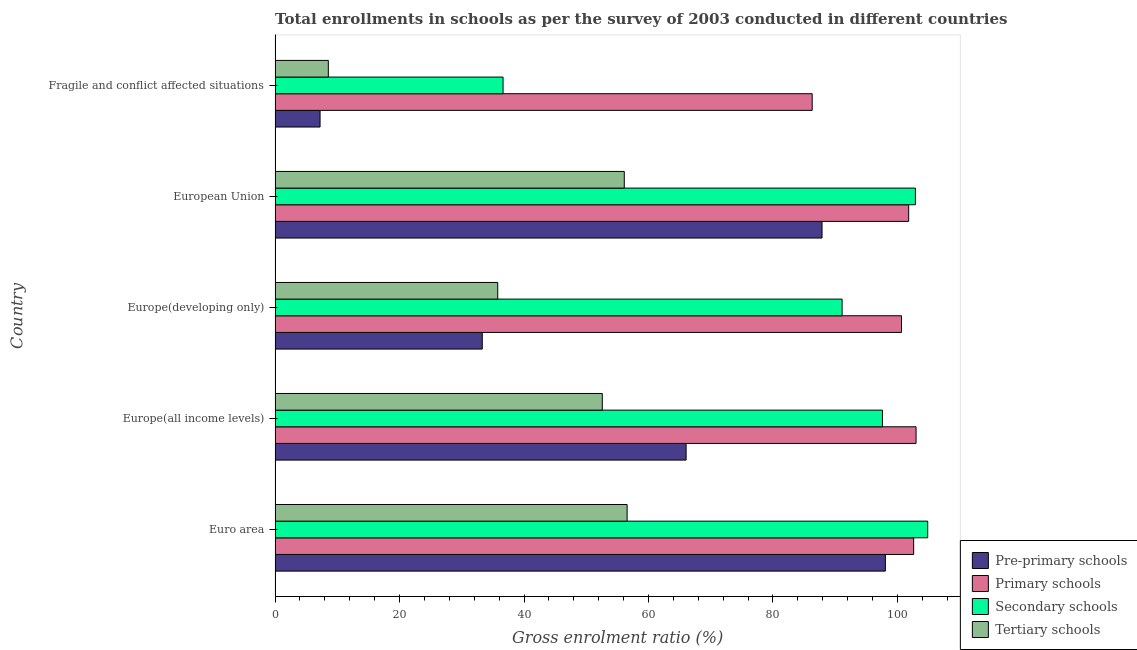
| Country | Pre-primary schools | Primary schools | Secondary schools | Tertiary schools |
 | --- | --- | --- | --- | --- |
 | Euro area | 98.1 | 103 | 105 | 56.6 |
 | Europe(all income levels) | 66 | 103 | 97.6 | 52.6 |
 | Europe(developing only) | 33.3 | 101 | 91.1 | 35.8 |
 | European Union | 87.9 | 102 | 103 | 56.1 |
 | Fragile and conflict affected situations | 7.23 | 86.3 | 36.6 | 8.56 |